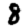
Digit: 8